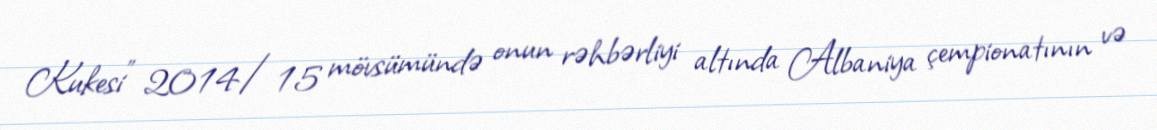
Kukesi" 2014/15 mövsümündə onun rəhbərliyi altında Albaniya çempionatının və